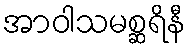
အာဝါသမစ္ဆရိနီ